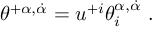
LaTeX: \theta ^ { + \alpha , \dot { \alpha } } = u ^ { + i } \theta _ { i } ^ { \alpha , \dot { \alpha } } \ .